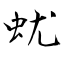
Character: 蚘